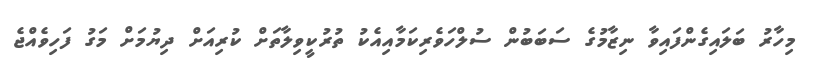
މިހާރު ބަަލައިގެންފައިވާ ނިޒާމުގެ ސަބަބުން ސުލްހަވެރިކަމާއިއެކު ތުރުކީވިލާތަށް ކުރިއަށް ދިޔުމަށް މަގު ފަހިވެއްޖެ